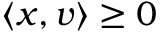
\langle x , v \rangle \geq 0